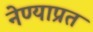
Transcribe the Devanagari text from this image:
नेण्याप्रत